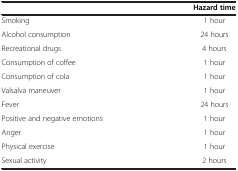
|  | Hazard time |
 | --- | --- |
 | Smoking | 1 hour |
 | Alcohol consumption | 24 hours |
 | Recreational drugs | 4 hours |
 | Consumption of coffee | 1 hour |
 | Consumption of cola | 1 hour |
 | Valsalva maneuver | 1 hour |
 | Fever | 24 hours |
 | Positive and negative emotions | 1 hour |
 | Anger | 1 hour |
 | Physical exercise | 1 hour |
 | Sexual activity | 2 hours |